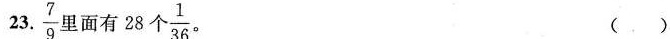
23. \frac{7}{9} 里面有28个 \frac{1}{36} ( )